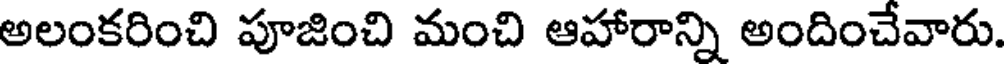
అలంకరించి పూజించి మంచి ఆహారాన్ని అందించేవారు.